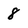
Character: 8